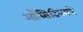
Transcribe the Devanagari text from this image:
ऑब्सिडियमचे